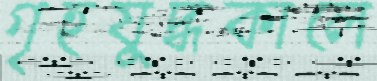
গৃহযুদ্ধকালে